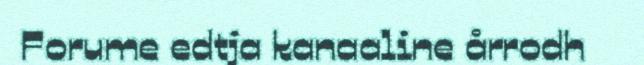
Forume edtja kanaaline årrodh